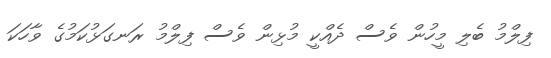
ފިލްމު ބެލި މީހުން ވެސް ދެއްކީ މުޅިން ވެސް ފިލްމު ރަނގަޅުކަމުގެ ވާހަކަ